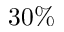
3 0 \%